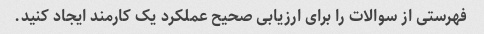
فهرستی از سوالات را برای ارزیابی صحیح عملکرد یک کارمند ایجاد کنید.